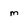
Character: m